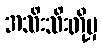
အသီးသီးတို့မှ